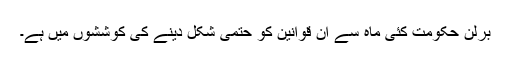
برلن حکومت کئی ماہ سے ان قوانين کو حتمی شکل دينے کی کوششوں ميں ہے۔